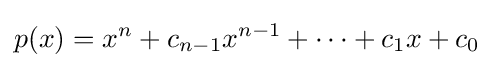
p(x)=x^{n}+c_{n-1}x^{n-1}+\cdots +c_{1}x+c_{0}